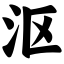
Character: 沤